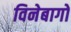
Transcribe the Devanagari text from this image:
विनेबागो